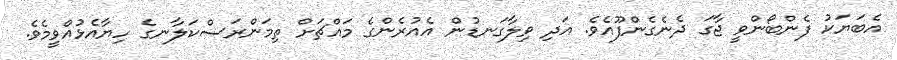
އެބަޔަކު ފެންބޯންވީ ޖާގަ ދެނެގެންފޫއެވެ. އަދި ވިލާގަނޑުން އެއުރެންގެ މައްޗަށް ތިމަންރަސްކަލާނގެ ހިޔާއެޅުއްވީމެވެ.